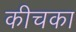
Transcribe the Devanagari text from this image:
कीचका